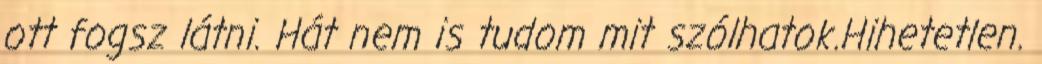
ott fogsz látni. Hát nem is tudom mit szólhatok.Hihetetlen.